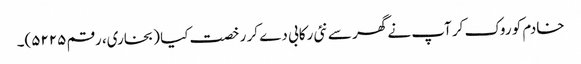
خادم کو روک کر آپ نے گھر سے نئی رکابی دے کر رخصت کیا (بخاری، رقم ۵۲۲۵)۔